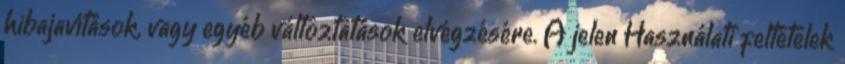
hibajavítások, vagy egyéb változtatások elvégzésére. A jelen Használati feltételek